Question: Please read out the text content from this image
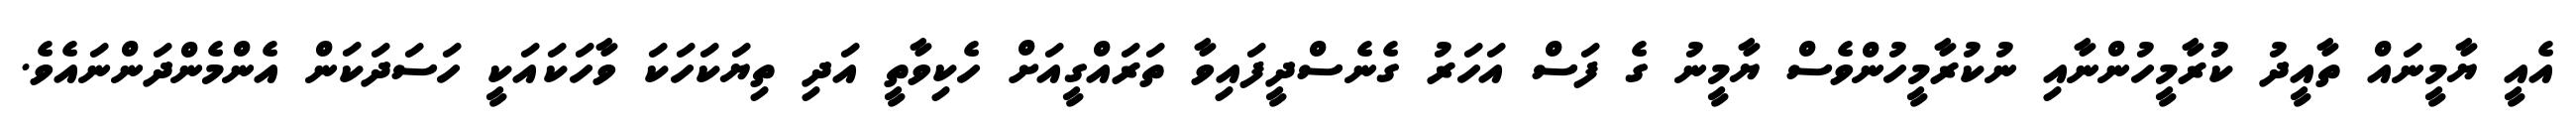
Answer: އެއީ ޔާމީނައް ތާއީދު ކުރާމީހުންނާއި ނުކުރާމީހުންވެސް ޔާމީނު ގެ ފަސް އަހަރު ގެނެސްދީފައިވާ ތަރައްގީއަށް ހެކިވާތީ އަދި ތިޔަކަހަކަ ވާހަކައަކީ ހަސަދަކަން އެންމެންދަންނައެވެ.